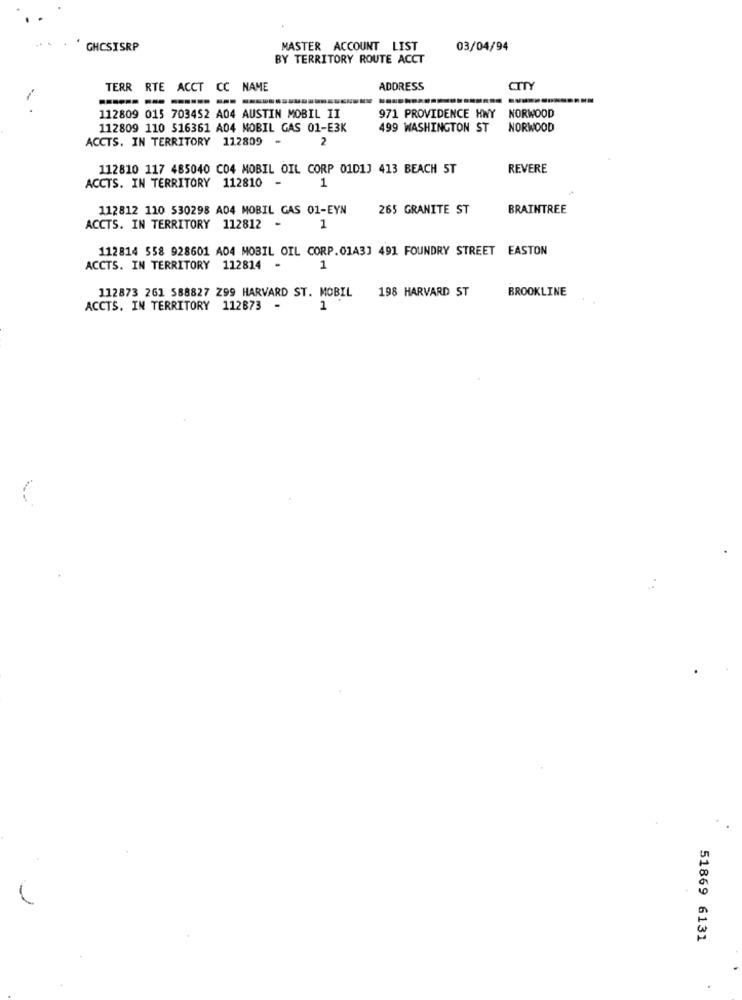
GHCSISRP
MASTER ACCOUNT LIST
03/04/94
BY TERRITORY ROUTE ACCT
TERR RTE ACCT CC NAME
ADDRESS
CITY
---------- - -
112809 015 703452 A04 AUSTIN MOBIL II
971 PROVIDENCE HWY NORWOOD
112809 110 516361 A04 MOBIL GAS 01-E3K
499 WASHINGTON ST
NORWOOD
ACCTS. IN TERRITORY 112809
2
112810 117 485040 C04 MOBIL OIL CORP 01D1J 413 BEACH ST
REVERE
ACCTS. IN TERRITORY 112810 -
1
112812 110 530298 A04 MOBIL GAS 01-EYN
265 GRANITE ST
BRAINTREE
ACCTS. IN TERRITORY 112812 -
1
112814 558 928601 A04 MOBIL OIL CORP.01A3] 491 FOUNDRY STREET EASTON
ACCTS. IN TERRITORY 112814 -
1
112873 261 588827 Z99 HARVARD ST. MOBIL
198 HARVARD ST
BROOKLINE
ACCTS. IN TERRITORY 112873
1
51869 6131